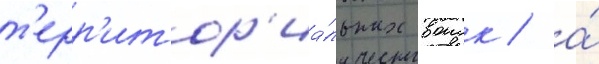
т'ерр'итор'иа́льных воиск / а́